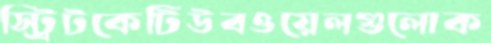
স্ট্রিটকেটিউবওয়েলগুলোক